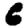
Digit: 6